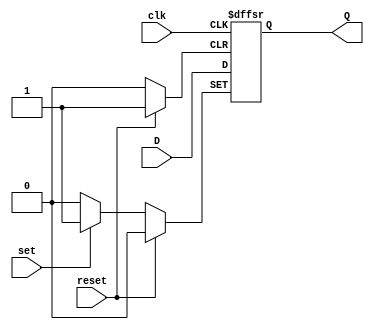
module d_flip_flop (
    input wire clk,
    input wire reset,
    input wire set,
    input wire D,
    output reg Q
);

always @(posedge clk or posedge reset or posedge set) begin
    if (reset) begin
        Q <= 1'b0;
    end else if (set) begin
        Q <= 1'b1;
    end else begin
        Q <= D;
    end
end

endmodule